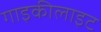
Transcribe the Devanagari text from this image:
गाइकीलाइट